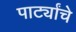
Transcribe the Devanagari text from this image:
पार्ट्यांचे